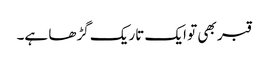
قبر بھی تو ایک تاریک گڑھا ہے۔